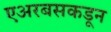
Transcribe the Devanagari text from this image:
एअरबसकडून